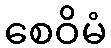
စေဝိမံ